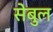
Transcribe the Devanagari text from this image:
सेबुल